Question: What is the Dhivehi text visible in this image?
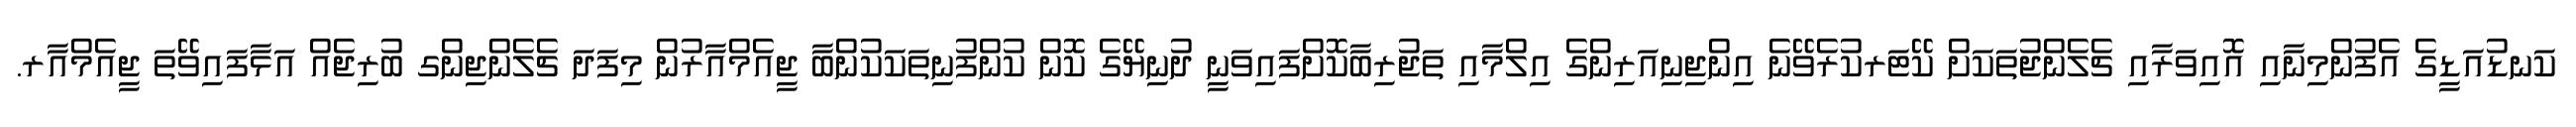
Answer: ކަނޑުއަޑީގެ އެފުންމިނާއި އޮއިވަރާއި ޗެލެންޖުތަކަށް ކޭޓަރކުރެވޭނެ އިންޖިނިއަރިންގެ އިލްމާއި ތަޖުރިބާކޮށްފައިވަނީ ދުނިޔޭގެ ކޮން ކުންފުނިތަކަކުންބާ ޖީއެމްއާރުން މިފަދަ ޗެލެންޖިންގ ބުރިޖެއް އަޅާފައިވޭތަ ޖީއެމްއާރ.